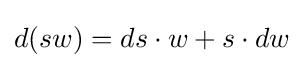
d(sw)=ds\cdot w+s\cdot dw